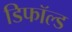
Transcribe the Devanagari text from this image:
डिफॉल्ड